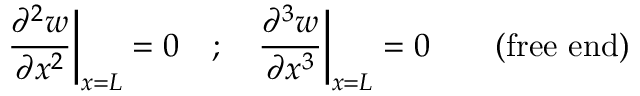
{ \frac { \partial ^ { 2 } w } { \partial x ^ { 2 } } } { \bigg | } _ { x = L } = 0 \quad ; \quad { \frac { \partial ^ { 3 } w } { \partial x ^ { 3 } } } { \bigg | } _ { x = L } = 0 \qquad { \mathrm { ( f r e e ~ e n d ) } }